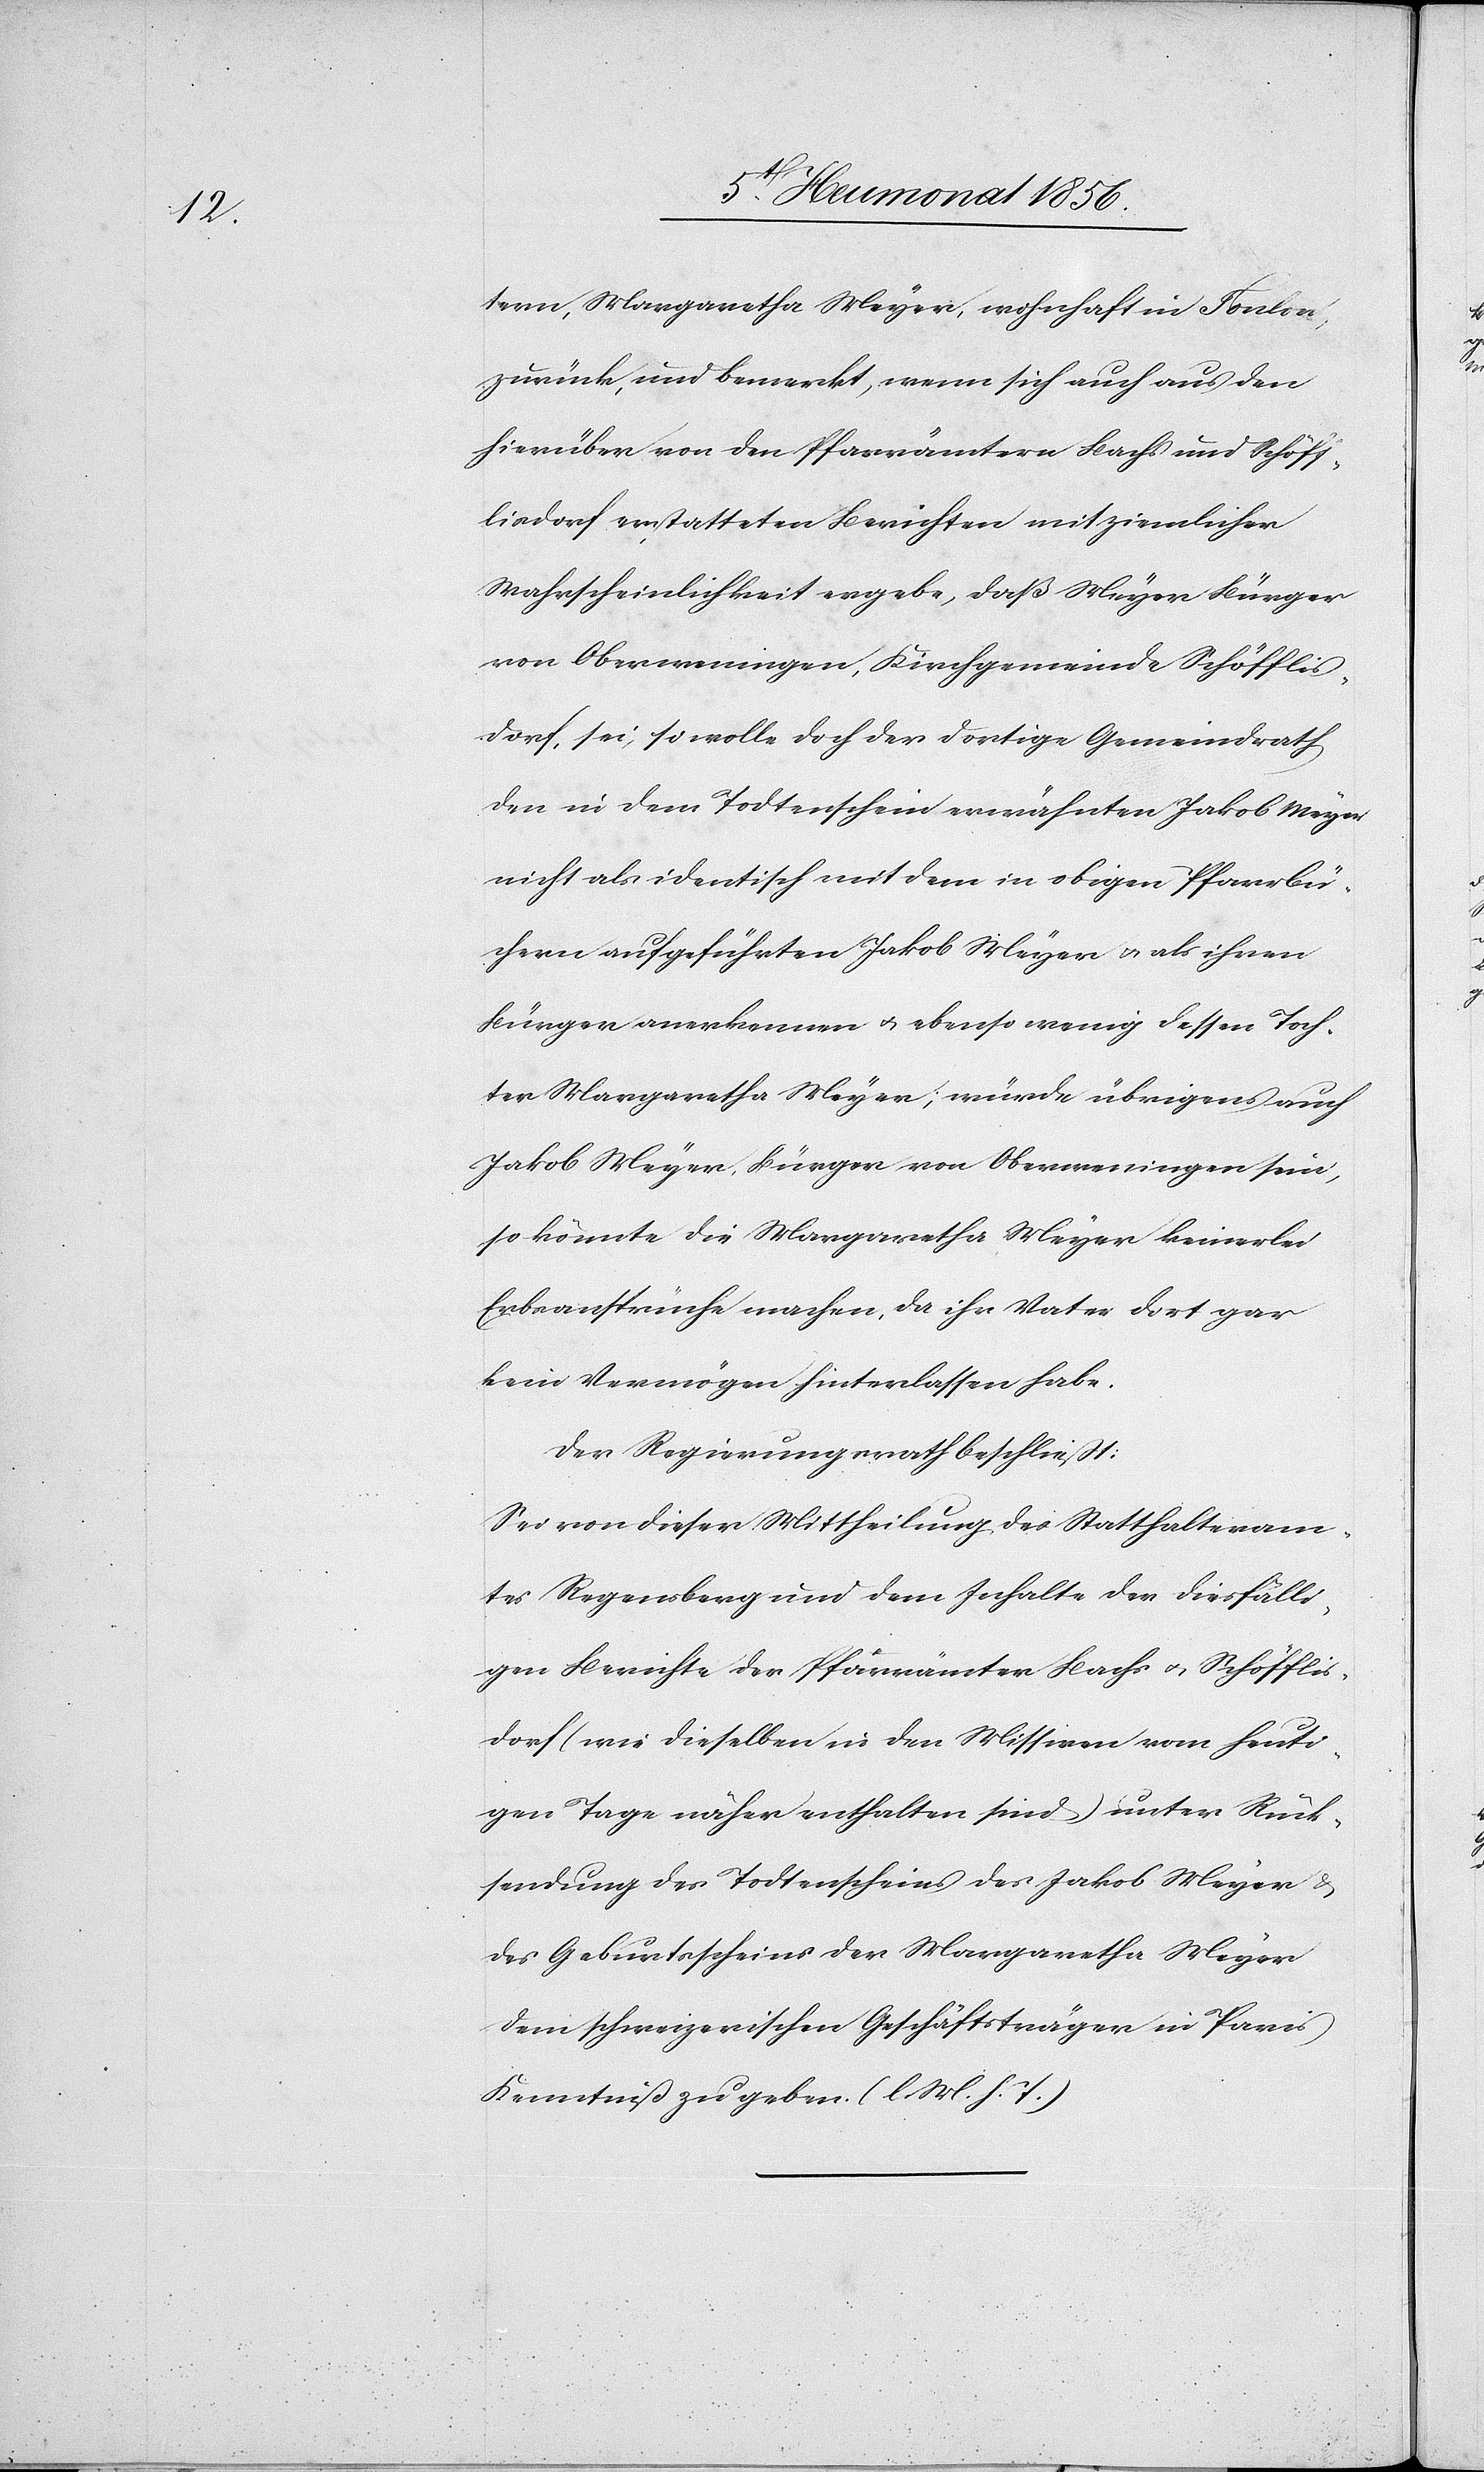
tern, Margaretha Meyer, wohnhaft in Toulon,
zurück, und bemerkt, wenn sich auch aus den
hierüber von den Pfarrämtern Bachs und Schöff¬
lisdorf erstatteten Berichten mit ziemlicher
Wahrscheinlichkeit ergebe, daß Meyer Bürger
von Oberweningen, Kirchgemeinde Schöfflis¬
dorf, sei, so wolle doch der dortige Gemeindrath
den in dem Todtenschein erwähnten Jakob Meyer
nicht als identisch mit dem in obigen Pfarrbü¬
chern aufgeführten Jakob Meyer u. als ihren
Bürger anerkennen u. ebenso wenig dessen Toch¬
ter Margaretha Meyer; würde übrigens auch
Jakob Meyer, Bürger von Oberweningen sein,
so könnte die Margaretha Meyer keinerlei
Erbansprüche machen, da ihr Vater dort gar
kein Vermögen hinterlassen habe.
Der Regierungsrath beschließt:
Sei von dieser Mittheilung des Statthalteram¬
tes Regensberg und dem Inhalte der diesfälli¬
gen Berichte der Pfarrämter Bachs u. Schöfflis¬
dorf (wie dieselben in den Missiven vom heuti¬
gen Tage näher enthalten sind) unter Rück¬
sendung des Todtenscheins des Jakob Meyer &
des Geburtsscheins der Margaretha Meyer
dem schweizerischen Geschäftsträger in Paris
Kenntniß zu geben. (l. M. h. T.)